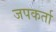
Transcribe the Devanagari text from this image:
जपकर्ता